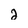
Character: j